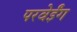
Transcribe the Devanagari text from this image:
परवेईंग